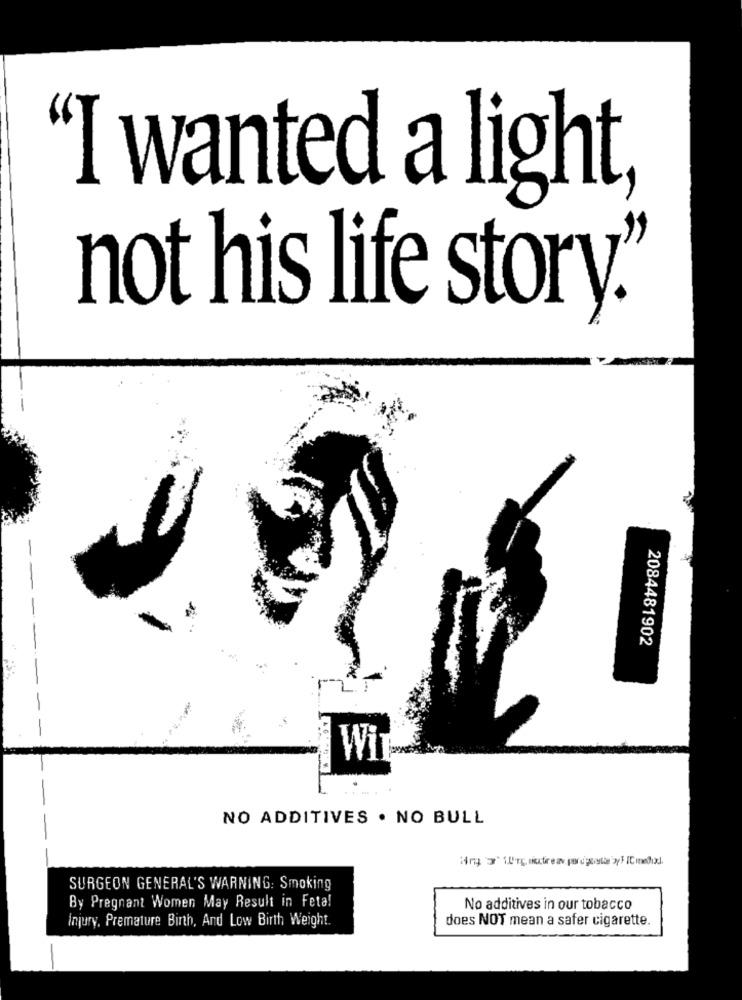
"I wanted a light,
not his life story."
2084481902
Wi
NO ADDITIVES . NO BULL
SURGEON GENERAL'S WARNING: Smoking
By Pregnant Women May Result in Feta!
No additives in our tobacco
Injury, Premature Birth, And Low Birth Weight.
does NOT mean a safer cigarette.